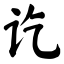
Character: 讫